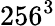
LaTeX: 256^{3}